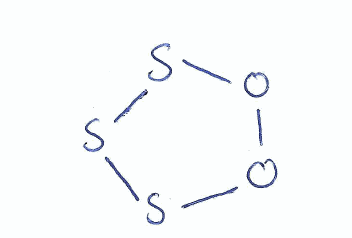
Simplified molecular-input line-entry system (SMILES) notation of the given molecule:
O1OSSS1